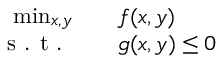
\begin{array} { r l } { \operatorname* { m i n } _ { \substack { x , y } } \quad } & { { } f ( x , y ) } \\ { \textrm { s . t . } \quad } & { { } g ( x , y ) \leq 0 } \end{array}